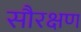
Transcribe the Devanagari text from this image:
सौरक्षण